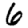
Digit: 6